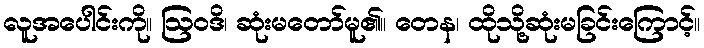
လူအပေါင်းကို။ ဩဝဒိ၊ ဆုံးမတော်မူ၏။ တေန၊ ထိုသို့ဆုံးမခြင်းကြောင့်။